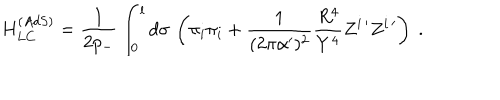
H _ { L C } ^ { ( A d S ) } = \frac { 1 } { 2 p _ { - } } \int _ { 0 } ^ { l } d \sigma \, \left( \pi _ { i } \pi _ { i } + \frac { 1 } { ( 2 \pi \alpha ^ { \prime } ) ^ { 2 } } \frac { R ^ { 4 } } { Y ^ { 4 } } Z ^ { i \, \prime } Z ^ { i \, \prime } \right) \ .